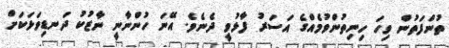
ތުންފަތުން ވިހަ ހިނިތުންވުމެއްގެ އަސަރު ފާޅުވީ ދެނެވެ. އޭނަ ހުންނާނީ ނާޒުކު ދަނޑިވަޅަކަށް